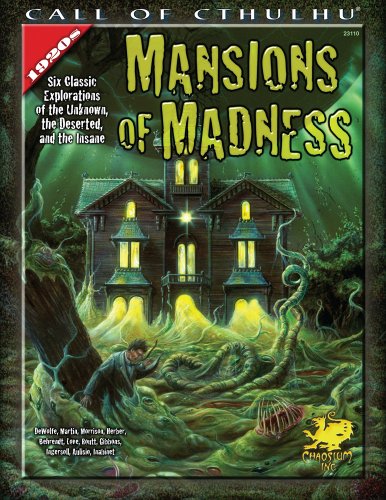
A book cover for Mansions of Madness (Call of Cthulhu Horror Roleplaying, 1920s Era); Michael DeWolfe; Science Fiction & Fantasy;